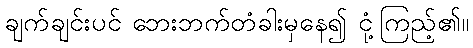
ချက်ချင်းပင် ဘေးဘက်တံခါးမှနေ၍ ငုံ့ကြည့်၏။